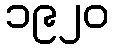
၁၉၂၀